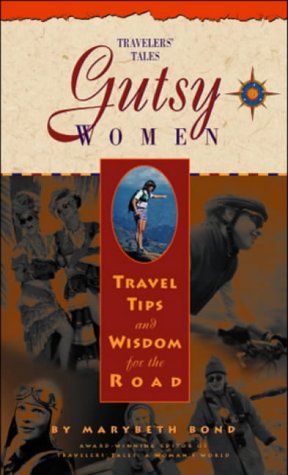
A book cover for Gutsy Women: Travel Tips and Wisdom for the Road (Travelers' Tales) (No. 1); Marybeth Bond; Travel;